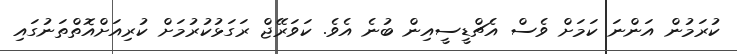
ކުރަމުން އަންނަ ކަމަށް ވެސް އެޗްޑީސީއިން ބުނެ އެވެ. ކަވަރޭޖް ރަގަޅުކުރުމަށް ކުރިއަށްއޮތްތަނުގައި